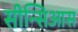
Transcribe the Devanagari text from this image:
सीन्सिआस